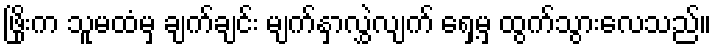
ဖြိုးက သူမထံမှ ချက်ချင်း မျက်နှာလွှဲလျက် ရှေ့မှ ထွက်သွားလေသည်။